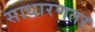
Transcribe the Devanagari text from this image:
साधारणतर